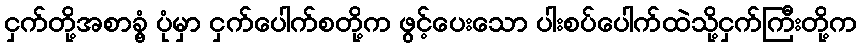
ငှက်တို့အစာခွံ့ ပုံမှာ ငှက်ပေါက်စတို့က ဖွင့်ပေးသော ပါးစပ်ပေါက်ထဲသို့ငှက်ကြီးတို့က